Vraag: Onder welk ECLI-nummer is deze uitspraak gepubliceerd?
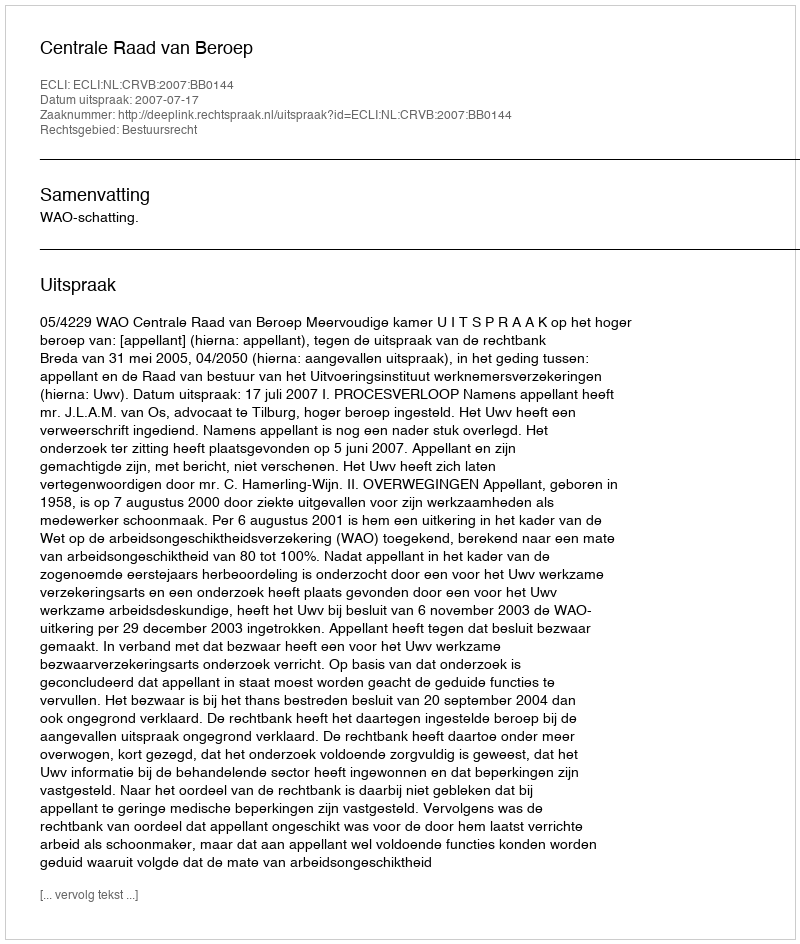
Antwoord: ECLI:NL:CRVB:2007:BB0144